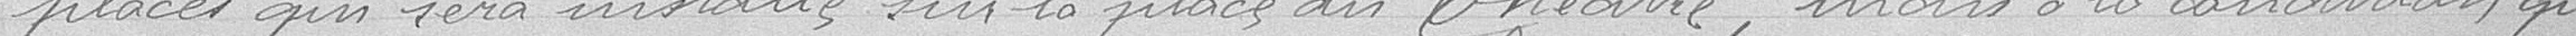
places qui sera installé sur la place du Théâtre ; mais à la condition que